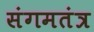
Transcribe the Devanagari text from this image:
संगमतंत्र